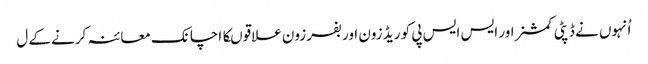
اُنہوں نے ڈپٹی کمشنر اور ایس ایس پی کو ریڈ زون اور بفر زون علاقوںکا اچانک معائنہ کرنے کے ل